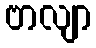
ဗာလျာ